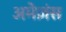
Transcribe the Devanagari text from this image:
अमेज़ंस